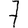
Digit: 7